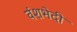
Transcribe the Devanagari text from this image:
वंशभेदी